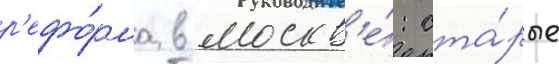
р'ефо́рма в москв'е́: ста́рые